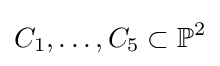
C_{1},\ldots ,C_{5}\subset \mathbb {P} ^{2}